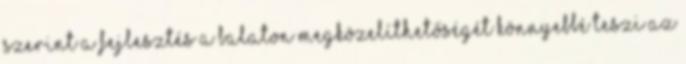
szerint a fejlesztés a Balaton megközelíthetőségét könnyebbé teszi az